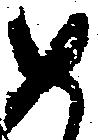
め